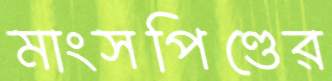
মাংসপিণ্ডের